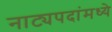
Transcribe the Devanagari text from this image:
नाट्यपदांमध्ये